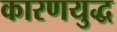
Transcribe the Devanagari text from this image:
कारणयुद्ध